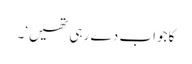
کا جواب دے رہی تھیں‘۔